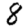
Digit: 8